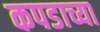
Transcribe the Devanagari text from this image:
कपडाच्या